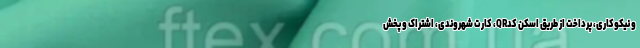
و نیکوکاری، پرداخت از طریق اسکن کدQR، کارت شهروندی، اشتراک و پخش